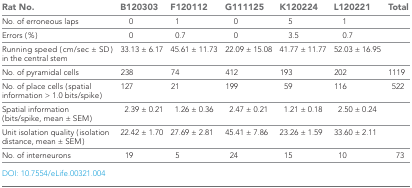
| Rat No. | B120303 | F120112 | G111125 | K120224 | L120221 | Total |
 | --- | --- | --- | --- | --- | --- | --- |
 | No. of erroneous laps | 0 | 1 | 0 | 5 | 1 |  |
 | Errors (%) | 0 | 0.7 | 0 | 3.5 | 0.7 |  |
 | Running speed (cm/sec ± SD) in the central stem | 33.13 ± 6.17 | 45.61 ± 11.73 | 22.09 ± 15.08 | 41.77 ± 11.77 | 52.03 ± 16.95 |  |
 | No. of pyramidal cells | 238 | 74 | 412 | 193 | 202 | 1119 |
 | No. of place cells (spatial information > 1.0 bits/spike) | 127 | 21 | 199 | 59 | 116 | 522 |
 | Spatial information (bits/spike, mean ± SEM) | 2.39 ± 0.21 | 1.26 ± 0.36 | 2.47 ± 0.21 | 1.21 ± 0.18 | 2.50 ± 0.24 |  |
 | Unit isolation quality (isolation distance, mean ± SEM) | 22.42 ± 1.70 | 27.69 ± 2.81 | 45.41 ± 7.86 | 23.26 ± 1.59 | 33.60 ± 2.11 |  |
 | No. of interneurons | 19 | 5 | 24 | 15 | 10 | 73 |